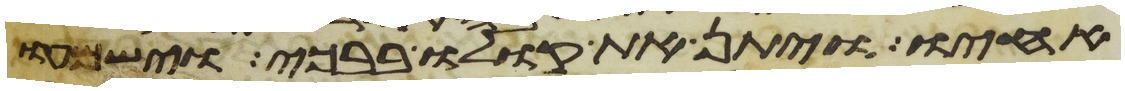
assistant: אחיו ויתן את קולו בבכי וישמעו